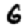
Digit: 6